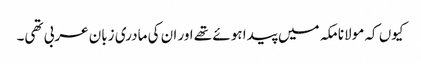
کیوں کہ مولانا مکہ میں پیدا ہوئے تھے اور ان کی مادری زبان عربی تھی۔